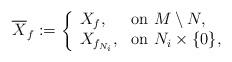
LaTeX: \begin{align*}\overline{X}_f:=\left\{\begin{array}{ll}X_f, & \mbox{on } M\setminus N, \\X_{f_{N_i}}, & \mbox{on } N_i\times\{0\},\end{array}\right.\end{align*}